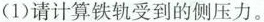
（1）请计算铁轨受到的侧压力。